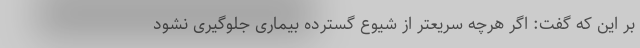
بر این که گفت: اگر هرچه سریعتر از شیوع گسترده بیماری جلوگیری نشود